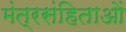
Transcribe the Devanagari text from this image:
मंत्रसंहिताओं